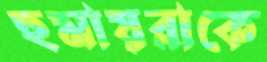
হুমায়রাকে